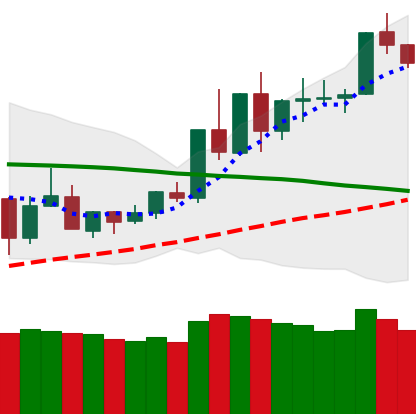
Ticker: TRX-USD
Chart end date: 2020-06-09
Forward return: -7.678%
Label: down_7plus